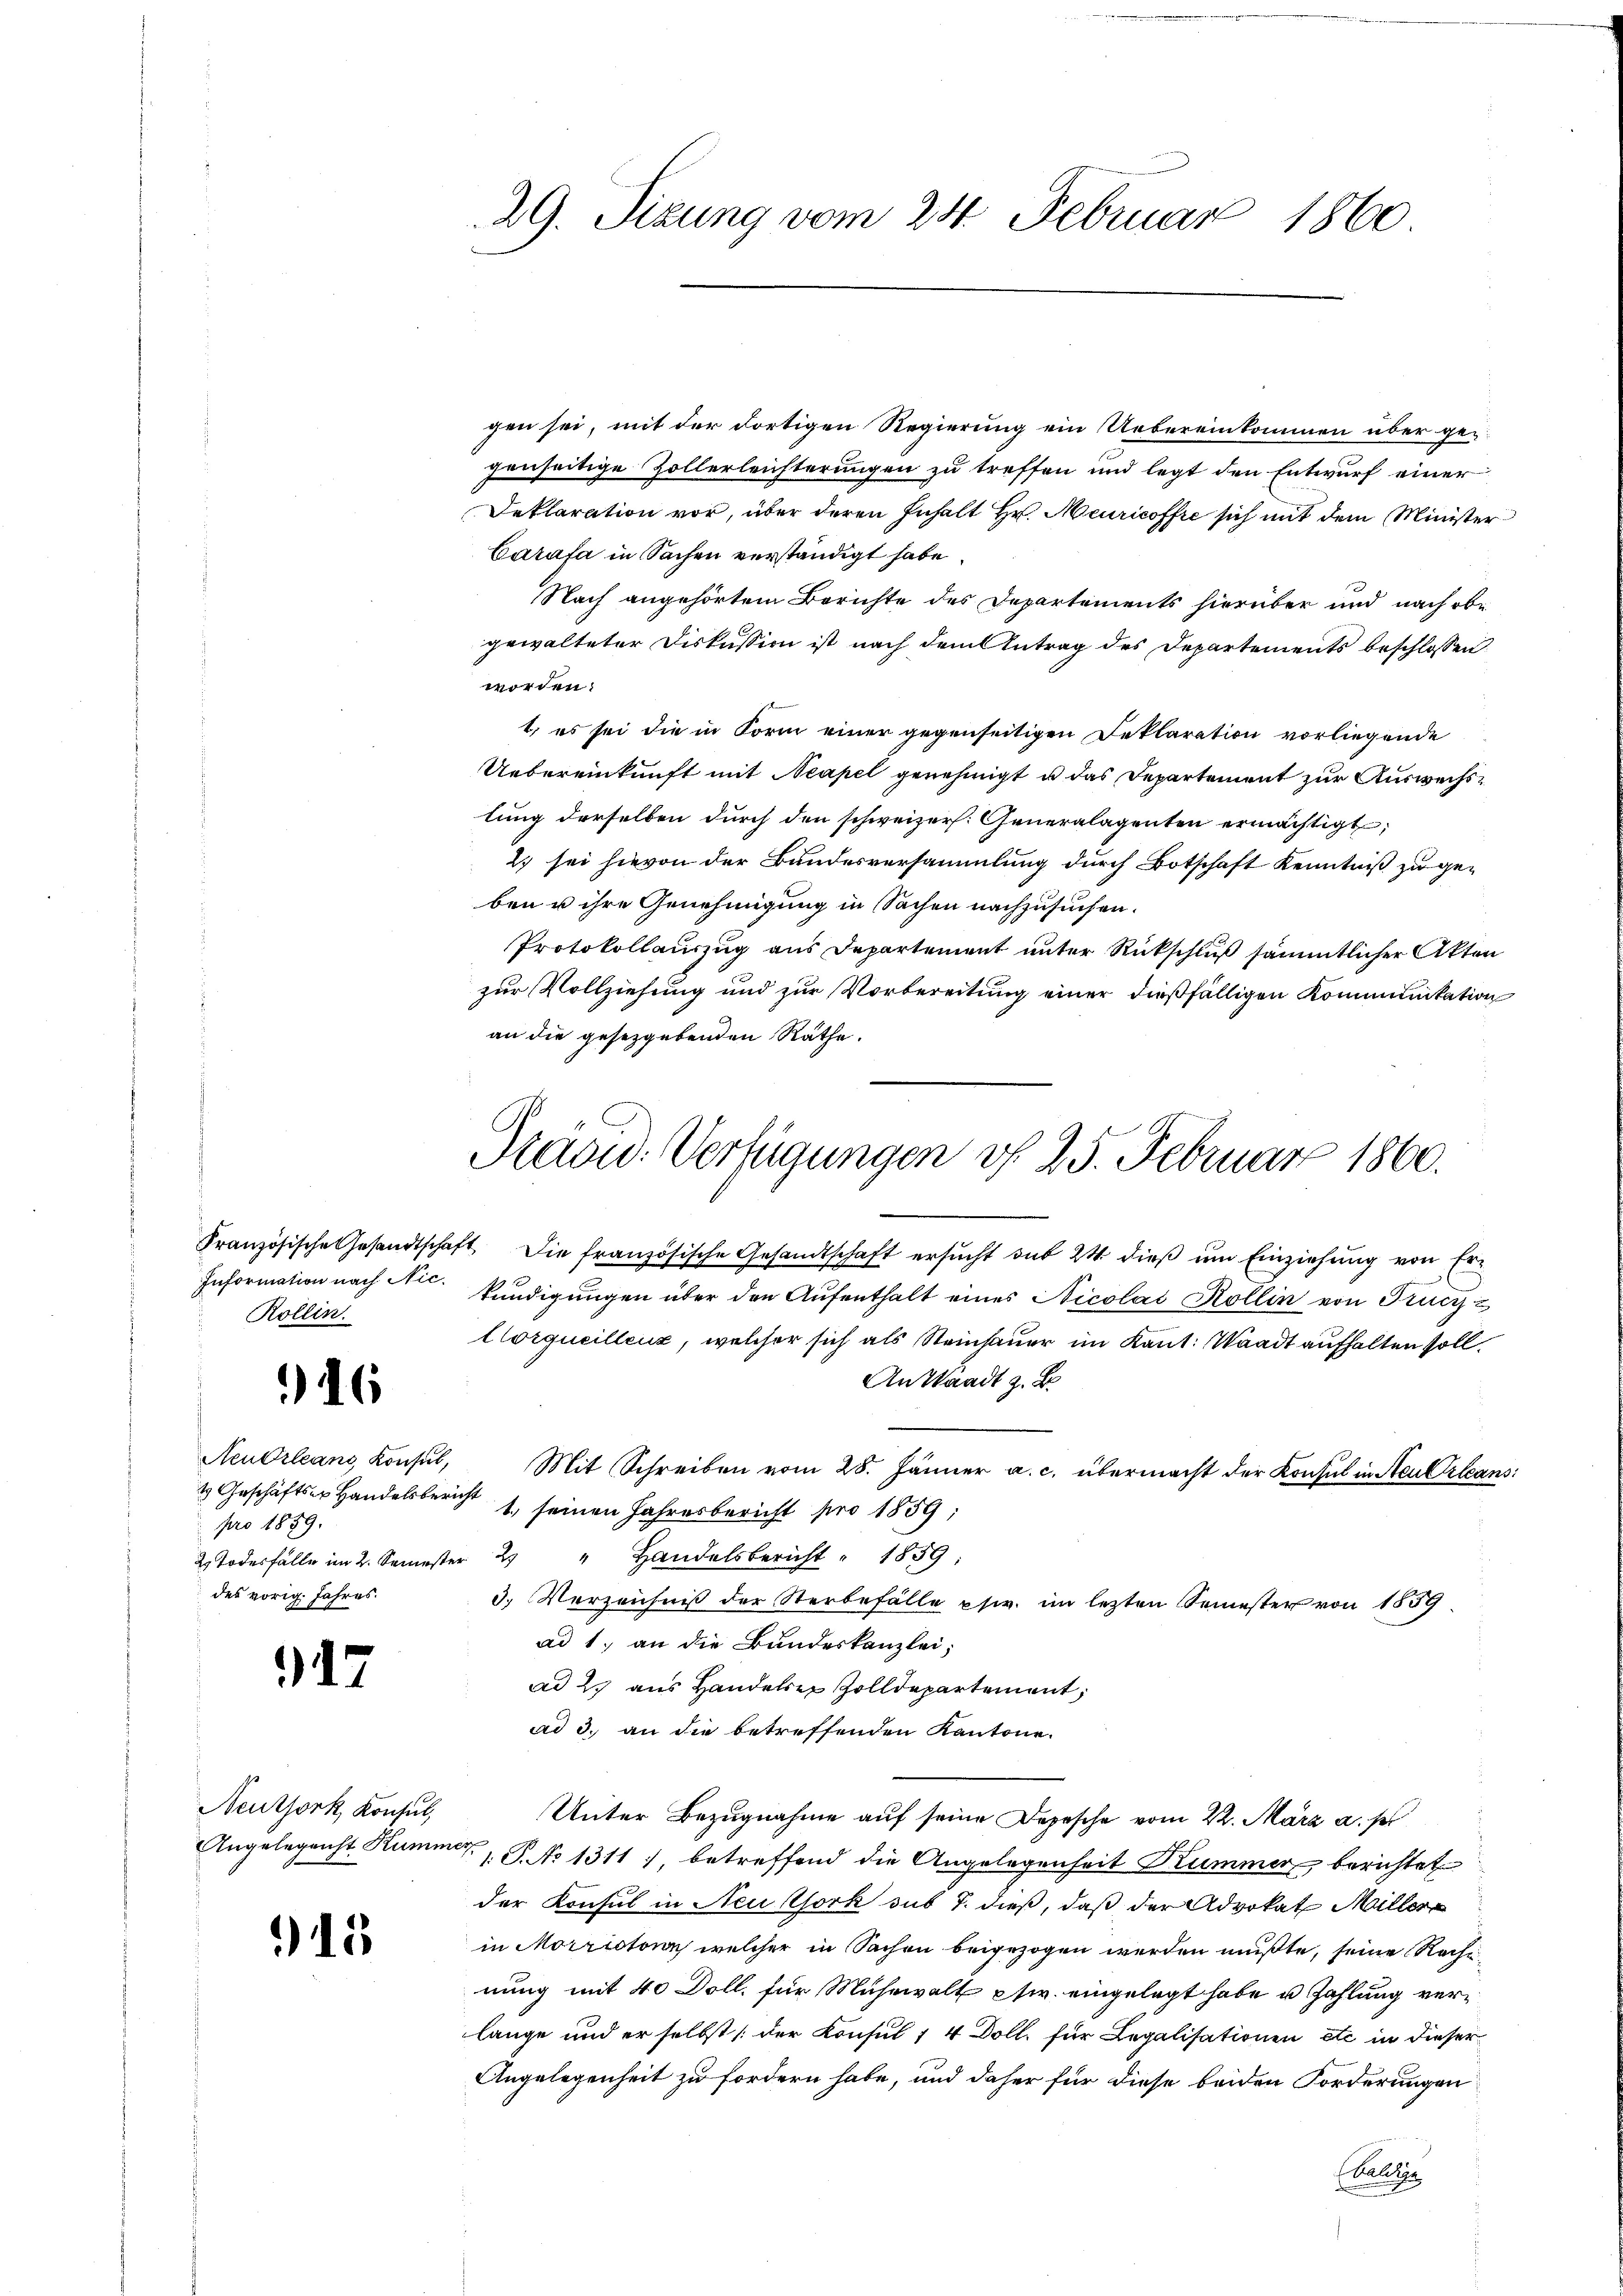
Rollin.

6

pro 1859.
des vorig Jahres.

17

Neuthork, Konsul,
Angelegenst Kummer

15

gen sei, mit der dortigen Regierung ein Uebereinkommen über ge-
genseitige Zollerleichterungen zu treffen und legt den Entwurf einer
Deklaration vor, über deren Inhalt Hr. Meuricoffre sich mit dem Minister
Carasa in Sachen verständigt habe.
Nach angehörtem Berichte des Departements hierüber und nach obe
gewalteter Diskussion ist nach dem Antrag des Departements beschlossen
worden.
t, es sei die in Form einer gegenseitigen Deklaration vorliegende
Uebereinkunft mit Neapel genehmigt u das Departement zur Auswechslung derselben durch den schweizer. Generalagenten ermächtigt,
2) sei hievon der Bundesversammlung durch Botschaft Kenntniß zu ge-
ben u ihre Genehmigung in Sachen nachzusuchen.
Protokollauszug aus Departement unter Rückschluß sämmtlicher Akten
zur Vollziehung und zur Vorbereitung einer dießfälligen Kommunikation
an die gesetzgebenden Räthe.
Französische Gesandtschaft die französische Gesandtschaft ersŭcht sub 24. dieβ ŭm Einziehŭng von Er-
Information nach N. kundigungen über den Aŭfenthalt eines Nicolas Kollin von Frucz &
Corqueillenz, welcher sich als Steinhauer im Kant. Waadt aufhalten soll.
An Staadt z. B.
NeuOrleans Konsŭl, Mit Schreiben vom 28. Jänner a. c. übermacht der Konsul in Neu Orleans:
4 Geschäftser Handelsbericht 1, seinen Jahresbericht pro 1859;
2. Todesfälle im 2. Semester 2 " Handelsbericht " 1859:
3. Verzeichnis der Sterbefälle ptr. im lezten Semester von 1539
ad 1. an die Bundeskanzlei,
ad 2. aus Handelter Zolldepartement,
ad 3. an die betreffenden Kantone.
Unter Bezugnahme auf seine Depesche vom 22. März a. p.
 P. No 1311, betreffend die Angelegenheit Kummer berichtet
der Konsul in Neustfork sub 7. dieß, daß der Advokat Müller
in Morristonn welcher in Sachen beigezogen werden mußte, seine Rachi-
nung mit 40 Doll, für Mühewalt Ew. eingelegt habe u Zahlung verlange und er selbst der Konsul 1 4 Doll, für Legalisationen etc in dieser
Angelegenheit zu fordern habe, und daher für diese beiden Forderungen
Ballige

29. Sizung vom 24. Februar
1860

Stevid. Verfügungen v. 25. Februar 1860.